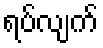
ရပ်လျက်